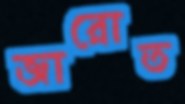
জারোত